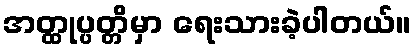
အတ္ထုပ္ပတ္တိမှာ ရေးသားခဲ့ပါတယ်။